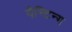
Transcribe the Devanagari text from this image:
पैन्टिन्ग